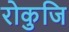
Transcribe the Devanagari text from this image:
रोकुजि